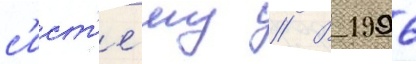
с'ист'е́му // В 1996